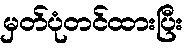
မှတ်ပုံတင်ထားပြီး